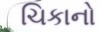
ચિકાનો